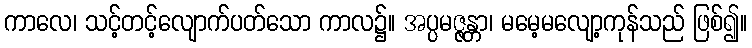
ကာလေ၊ သင့်တင့်လျောက်ပတ်သော ကာလ၌။ အပ္ပမဇ္ဇန္တာ၊ မမေ့မလျော့ကုန်သည် ဖြစ်၍။